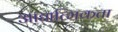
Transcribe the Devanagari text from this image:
आद्यात्मिकता